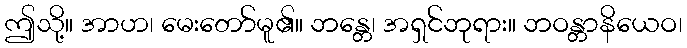
ဤသို့။ အာဟ၊ မေးတော်မူ၏။ ဘန္တေ၊ အရှင်ဘုရား။ ဘဝန္တာနိယေဝ၊